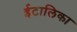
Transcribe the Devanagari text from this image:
ईटालिका